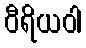
ဝီရိယဝါ